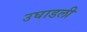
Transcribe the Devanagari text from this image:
उघाडली